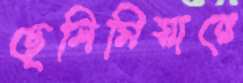
ছেলিমিয়ারে